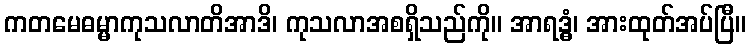
ကတမေဓမ္မာကုသလာတိအာဒိ၊ ကုသလာအစရှိသည်ကို။ အာရဒ္ဓံ၊ အားထုတ်အပ်ပြီ။